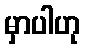
မှာပါဟု